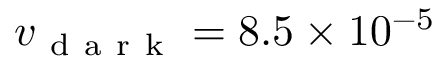
v _ { \mathrm { ~ d ~ a ~ r ~ k ~ } } = 8 . 5 \times 1 0 ^ { - 5 }